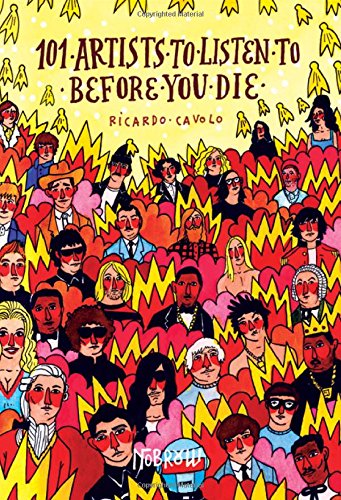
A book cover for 101 Artists To Listen To Before You Die; Comics & Graphic Novels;